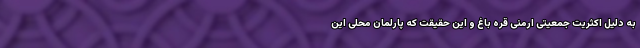
به دلیل اکثریت جمعیتی ارمنی قره باغ و این حقیقت که پارلمان محلی این